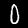
Label: 0